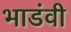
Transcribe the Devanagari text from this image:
भाडंवी